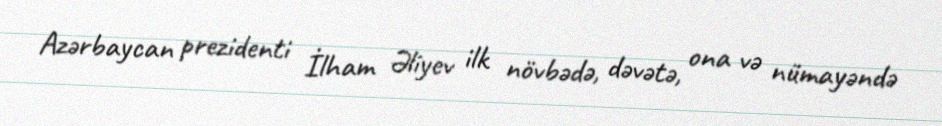
Azərbaycan prezidenti İlham Əliyev ilk növbədə, dəvətə, ona və nümayəndə